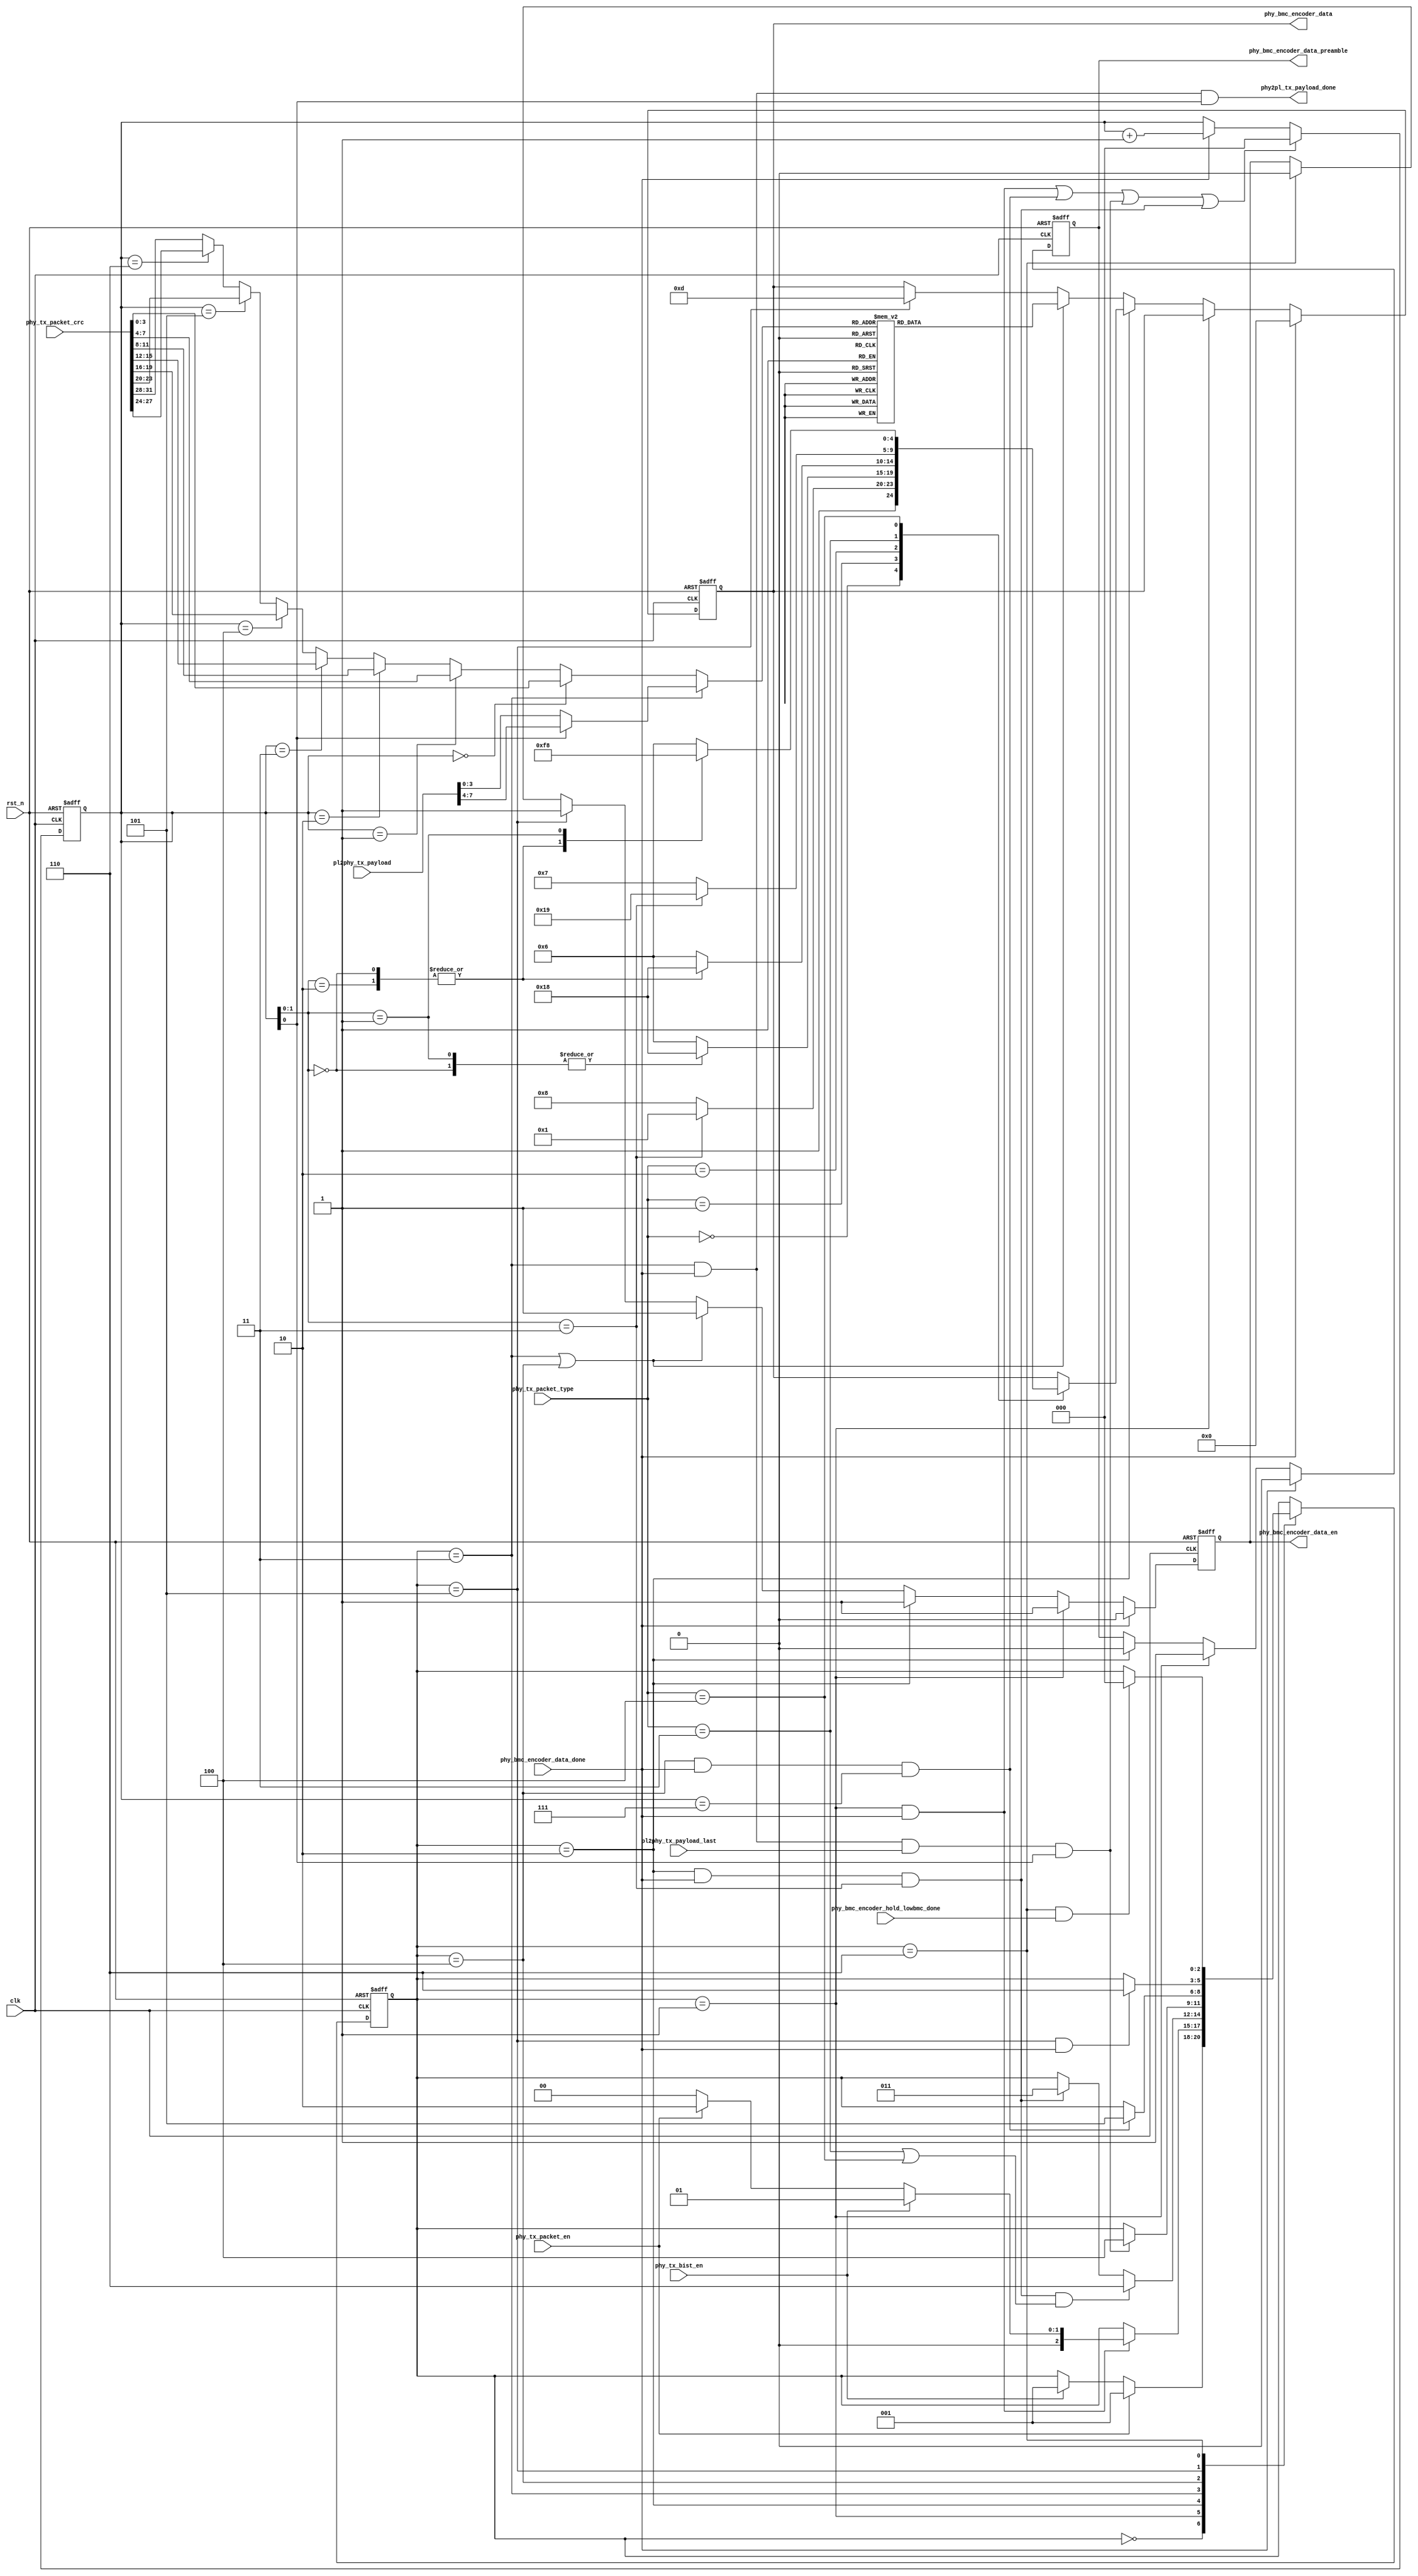
module phy_tx_packet_editor(
    clk,
    rst_n,

    pl2phy_tx_payload,
    pl2phy_tx_payload_last,
    phy2pl_tx_payload_done,

    phy_tx_bist_en,

    phy_tx_packet_en,
    phy_tx_packet_type,

    phy_tx_packet_crc,

    phy_bmc_encoder_data_en,
    phy_bmc_encoder_data,
    phy_bmc_encoder_data_preamble,
    phy_bmc_encoder_data_done,
    phy_bmc_encoder_hold_lowbmc_done

    );

input     clk;
input     rst_n;

input     [7:0] pl2phy_tx_payload;
input     pl2phy_tx_payload_last;
output    phy2pl_tx_payload_done;

output    phy_bmc_encoder_data_en;
output    [4:0] phy_bmc_encoder_data;
output    phy_bmc_encoder_data_preamble;
input     phy_bmc_encoder_data_done;
input     phy_bmc_encoder_hold_lowbmc_done;

input     [31:0] phy_tx_packet_crc;

input     phy_tx_bist_en;

input     phy_tx_packet_en;
input     [2:0] phy_tx_packet_type;

reg       phy_bmc_encoder_data_en;
reg       [4:0] phy_bmc_encoder_data;
reg       phy_bmc_encoder_data_preamble;



localparam TX_IDLE     = 3'h0;
localparam TX_PREABBLE = 3'h1;
localparam TX_SOP      = 3'h2;
localparam TX_PAYLAOD  = 3'h3;
localparam TX_CRC      = 3'h4;
localparam TX_EOP      = 3'h5;
localparam TX_HOLD_BMC = 3'h6;

localparam K_CODE_SYNC_1 = 5'b11000;
localparam K_CODE_SYNC_2 = 5'b10001;
localparam K_CODE_SYNC_3 = 5'b00110;
localparam K_CODE_RST_1  = 5'b00111;
localparam K_CODE_RST_2  = 5'b11001;
localparam K_CODE_EOP    = 5'b01101;

localparam SOP_TYPE_SOP         = 3'h0;
localparam SOP_TYPE_SOPP        = 3'h1;
localparam SOP_TYPE_SOPPP       = 3'h2;
localparam SOP_TYPE_HARDRESET   = 3'h3;
localparam SOP_TYPE_CABLERESET  = 3'h4;

reg       [2:0] phy_tx_packet_cur_st;
reg       [2:0] phy_tx_packet_nxt_st;

wire      phy_tx_packet_cur_is_idle;
wire      phy_tx_packet_cur_is_preamble;
wire      phy_tx_packet_cur_is_sop;
wire      phy_tx_packet_cur_is_payload;
wire      phy_tx_packet_cur_is_crc;
wire      phy_tx_packet_cur_is_eop;
wire      phy_tx_packet_cur_is_hold_bmc;

wire      phy_tx_packet_preamble_done;
wire      phy_tx_packet_sop_done;
wire      phy_tx_packet_payload_done;
wire      phy_tx_packet_crc_done;
wire      phy_tx_packet_eop_done;
wire      phy_tx_packet_hold_bmc_done;

wire      phy_tx_packet_no_payload;

reg       [2:0] phy_tx_packet_cnt;
wire      [3:0] phy_tx_packet_data;
wire      [3:0] phy_tx_packet_payload_data;
wire      [3:0] phy_tx_packet_crc_data;




always @(posedge clk or negedge rst_n) begin
       if(!rst_n) begin
              phy_tx_packet_cur_st <= TX_IDLE;
       end
       else begin
              phy_tx_packet_cur_st <= phy_tx_packet_nxt_st;
       end
end

always @(*) begin
        phy_tx_packet_nxt_st = phy_tx_packet_cur_st;

        case(phy_tx_packet_cur_st)
          TX_IDLE: begin
            if(phy_tx_packet_en) begin
               phy_tx_packet_nxt_st = TX_PREABBLE;
            end
            else if(phy_tx_bist_en) begin
               phy_tx_packet_nxt_st = TX_PREABBLE;
            end
          end
          TX_PREABBLE: begin
            if(phy_tx_packet_preamble_done) begin
               if(phy_tx_bist_en) begin
                   phy_tx_packet_nxt_st = TX_PREABBLE;
               end
               else if(phy_tx_packet_en) begin
                   phy_tx_packet_nxt_st = TX_SOP;
               end
	       else begin
                   phy_tx_packet_nxt_st = TX_IDLE;
               end
            end
          end
          TX_SOP: begin
            if(phy_tx_packet_sop_done && phy_tx_packet_no_payload) begin
               phy_tx_packet_nxt_st = TX_HOLD_BMC;
            end
            else if(phy_tx_packet_sop_done) begin
               phy_tx_packet_nxt_st = TX_PAYLAOD;
            end
          end
          TX_PAYLAOD: begin
            if(phy_tx_packet_payload_done) begin
               phy_tx_packet_nxt_st = TX_CRC;
            end
          end
          TX_CRC: begin
            if(phy_tx_packet_crc_done) begin
               phy_tx_packet_nxt_st = TX_EOP;
            end
          end
          TX_EOP: begin
            if(phy_tx_packet_eop_done) begin
               phy_tx_packet_nxt_st = TX_HOLD_BMC;
            end
          end
          TX_HOLD_BMC: begin
            if(phy_tx_packet_hold_bmc_done) begin
               phy_tx_packet_nxt_st = TX_IDLE;
            end
          end
	  default;
        endcase
end

assign    phy_tx_packet_cur_is_idle        = (phy_tx_packet_cur_st == TX_IDLE);
assign    phy_tx_packet_cur_is_preamble    = (phy_tx_packet_cur_st == TX_PREABBLE);
assign    phy_tx_packet_cur_is_sop         = (phy_tx_packet_cur_st == TX_SOP);
assign    phy_tx_packet_cur_is_payload     = (phy_tx_packet_cur_st == TX_PAYLAOD);
assign    phy_tx_packet_cur_is_crc         = (phy_tx_packet_cur_st == TX_CRC);
assign    phy_tx_packet_cur_is_eop         = (phy_tx_packet_cur_st == TX_EOP);
assign    phy_tx_packet_cur_is_hold_bmc    = (phy_tx_packet_cur_st == TX_HOLD_BMC);

//bmc period
always @(posedge clk or negedge rst_n) begin
       if(!rst_n) begin
              phy_tx_packet_cnt <= 3'h0;
       end
       else if(phy_tx_packet_preamble_done || phy_tx_packet_crc_done || phy_tx_packet_payload_done || phy_tx_packet_sop_done) begin
              phy_tx_packet_cnt <= 3'h0;
       end
       else if(phy_bmc_encoder_data_done) begin
              phy_tx_packet_cnt <= phy_tx_packet_cnt + 1'h1;
       end
end

assign    phy_tx_packet_preamble_done = phy_tx_packet_cur_is_preamble && phy_bmc_encoder_data_done;
assign    phy_tx_packet_sop_done      = phy_tx_packet_cur_is_sop      && phy_bmc_encoder_data_done && (phy_tx_packet_cnt[1:0] == 2'h3);
assign    phy_tx_packet_payload_done  = phy_tx_packet_cur_is_payload  && phy_bmc_encoder_data_done && pl2phy_tx_payload_last && (phy_tx_packet_cnt[0] == 1'h1);
assign    phy_tx_packet_crc_done      = phy_tx_packet_cur_is_crc      && phy_bmc_encoder_data_done && (phy_tx_packet_cnt[2:0] == 3'h7);
assign    phy_tx_packet_eop_done      = phy_tx_packet_cur_is_eop      && phy_bmc_encoder_data_done;
assign    phy_tx_packet_hold_bmc_done = phy_tx_packet_cur_is_hold_bmc && phy_bmc_encoder_hold_lowbmc_done;

assign    phy_tx_packet_no_payload    = (phy_tx_packet_type == SOP_TYPE_HARDRESET) || (phy_tx_packet_type == SOP_TYPE_CABLERESET);

always @(posedge clk or negedge rst_n) begin
       if(!rst_n) begin
              phy_bmc_encoder_data_en <= 1'h0;
              phy_bmc_encoder_data <= 5'h0;
              phy_bmc_encoder_data_preamble <= 1'h0;
       end
       else if(phy_bmc_encoder_data_done) begin
              phy_bmc_encoder_data_en <= 1'h0;
              phy_bmc_encoder_data <= 5'h0;
              phy_bmc_encoder_data_preamble <= 1'h0;
       end
       else if(phy_tx_packet_cur_is_preamble) begin
              phy_bmc_encoder_data_en <= 1'h1;
              phy_bmc_encoder_data_preamble <= 1'h1;
       end
       else if(phy_tx_packet_cur_is_sop) begin
              phy_bmc_encoder_data_en <= 1'h1;
              phy_bmc_encoder_data_preamble <= 1'h0;

	      case(phy_tx_packet_type) 
		  SOP_TYPE_SOP: begin
			  case(phy_tx_packet_cnt[1:0])
			      2'h3:       phy_bmc_encoder_data <= K_CODE_SYNC_2;
			      default:    phy_bmc_encoder_data <= K_CODE_SYNC_1;
			  endcase
		  end
		  SOP_TYPE_SOPP: begin
			  case(phy_tx_packet_cnt[1:0])
			      2'h0, 2'h1: phy_bmc_encoder_data <= K_CODE_SYNC_1;
			      default:    phy_bmc_encoder_data <= K_CODE_SYNC_3;
			  endcase
		  end
		  SOP_TYPE_SOPPP: begin
			  case(phy_tx_packet_cnt[1:0])
			      2'h0, 2'h2: phy_bmc_encoder_data <= K_CODE_SYNC_1;
			      default:    phy_bmc_encoder_data <= K_CODE_SYNC_3;
			  endcase
		  end
		  SOP_TYPE_HARDRESET: begin
			  case(phy_tx_packet_cnt[1:0])
			      2'h3:       phy_bmc_encoder_data <= K_CODE_RST_2;
			      default:    phy_bmc_encoder_data <= K_CODE_RST_1;
			  endcase
		  end
		  SOP_TYPE_CABLERESET: begin
			  case(phy_tx_packet_cnt[1:0])
			      2'h0, 2'h2: phy_bmc_encoder_data <= K_CODE_RST_1;
			      2'h1:       phy_bmc_encoder_data <= K_CODE_SYNC_1;
			      default:    phy_bmc_encoder_data <= K_CODE_SYNC_3;
			  endcase
		  end
		  default;
	      endcase
       end
       else if(phy_tx_packet_cur_is_payload || phy_tx_packet_cur_is_crc) begin
              phy_bmc_encoder_data_en <= 1'h1;

	      case(phy_tx_packet_data)
	          4'h0: phy_bmc_encoder_data <= 5'b11110;
	          4'h1: phy_bmc_encoder_data <= 5'b01001;
	          4'h2: phy_bmc_encoder_data <= 5'b10100;
	          4'h3: phy_bmc_encoder_data <= 5'b10101;
	          4'h4: phy_bmc_encoder_data <= 5'b01010;
	          4'h5: phy_bmc_encoder_data <= 5'b01011;
	          4'h6: phy_bmc_encoder_data <= 5'b01110;
	          4'h7: phy_bmc_encoder_data <= 5'b01111;
	          4'h8: phy_bmc_encoder_data <= 5'b10010;
	          4'h9: phy_bmc_encoder_data <= 5'b10011;
	          4'ha: phy_bmc_encoder_data <= 5'b10110;
	          4'hb: phy_bmc_encoder_data <= 5'b10111;
	          4'hc: phy_bmc_encoder_data <= 5'b11010;
	          4'hd: phy_bmc_encoder_data <= 5'b11011;
	          4'he: phy_bmc_encoder_data <= 5'b11100;
	          4'hf: phy_bmc_encoder_data <= 5'b11101;
	          default;
	      endcase
       end
       else if(phy_tx_packet_cur_is_eop) begin
              phy_bmc_encoder_data_en <= 1'h1;
	      phy_bmc_encoder_data <= K_CODE_EOP;
       end
       else if(phy_tx_packet_cur_is_hold_bmc) begin
              phy_bmc_encoder_data_en <= 1'h0;
       end

end


assign    phy_tx_packet_payload_data    = phy_tx_packet_cnt[0] ? pl2phy_tx_payload[7:4] : pl2phy_tx_payload[3:0]; 
assign    phy_tx_packet_crc_data        = 
	                              (phy_tx_packet_cnt[2:0] == 3'h0) ? phy_tx_packet_crc[ 3: 0] :
	                              (phy_tx_packet_cnt[2:0] == 3'h1) ? phy_tx_packet_crc[ 7: 4] :
	                              (phy_tx_packet_cnt[2:0] == 3'h2) ? phy_tx_packet_crc[11: 8] :
	                              (phy_tx_packet_cnt[2:0] == 3'h3) ? phy_tx_packet_crc[15:12] :
	                              (phy_tx_packet_cnt[2:0] == 3'h4) ? phy_tx_packet_crc[19:16] :
	                              (phy_tx_packet_cnt[2:0] == 3'h5) ? phy_tx_packet_crc[23:20] :
	                              (phy_tx_packet_cnt[2:0] == 3'h6) ? phy_tx_packet_crc[27:24] :
    	                                                                 phy_tx_packet_crc[31:28] ;
assign    phy_tx_packet_data            = phy_tx_packet_cur_is_payload ? phy_tx_packet_payload_data : phy_tx_packet_crc_data;

assign    phy2pl_tx_payload_done    = phy_tx_packet_cur_is_payload && phy_bmc_encoder_data_done && (phy_tx_packet_cnt[0] == 1'h1);

endmodule